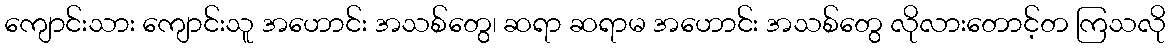
ကျောင်းသား ကျောင်းသူ အဟောင်း အသစ်တွေ၊ ဆရာ ဆရာမ အဟောင်း အသစ်တွေ လိုလားတောင့်တ ကြသလို